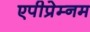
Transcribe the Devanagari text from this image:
एपीप्रेम्नम